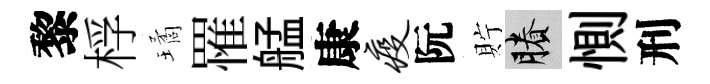
黎桴璚罹艋康疫阮貯賸惻刑